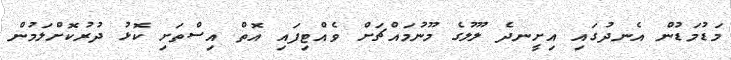
މަޑުމަޑުން އެނދުގައި އިށީނދެ ލޫލުގެ މޫނުމައްޗަށް ވެއްޓިފައި އޮތް އިސްތަށި ކޮޅު ދުރުކޮށްލަމުން